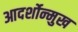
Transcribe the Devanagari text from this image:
आदर्शोन्‍मुख